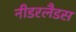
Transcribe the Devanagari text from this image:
नीडरलैडस